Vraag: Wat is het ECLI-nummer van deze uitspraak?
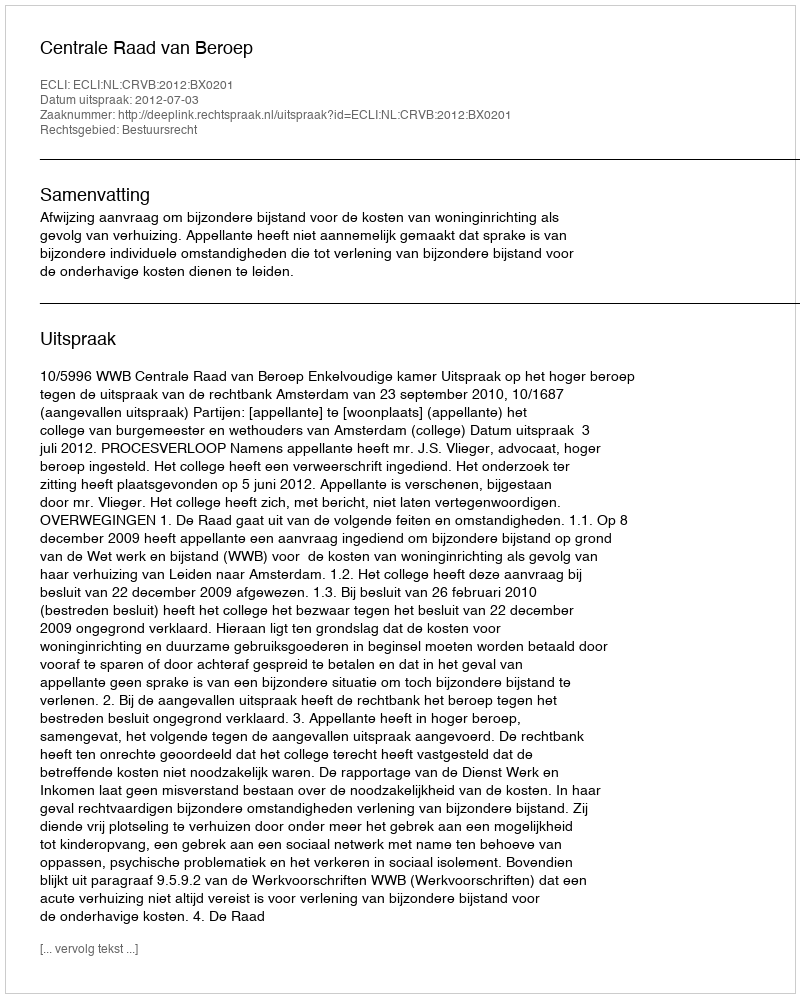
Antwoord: ECLI:NL:CRVB:2012:BX0201